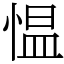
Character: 愠